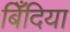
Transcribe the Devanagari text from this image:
बिँदिया